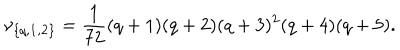
\nu _ { \{ q , { \bf 1 } , { \bf 2 } \} } = { \frac { 1 } { 7 2 } } ( q + 1 ) ( q + 2 ) ( q + 3 ) ^ { 2 } ( q + 4 ) ( q + 5 ) .